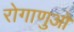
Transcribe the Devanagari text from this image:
रोगाणुओ